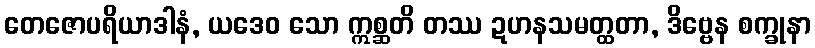
တေဇောပရိယာဒါနံ, ယဒေဝ သော ဣစ္ဆတိ တဿ ဍဟနသမတ္ထတာ, ဒိဗ္ဗေန စက္ခုနာ